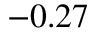
- 0 . 2 7